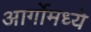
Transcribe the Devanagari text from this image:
आर्गोमध्ये